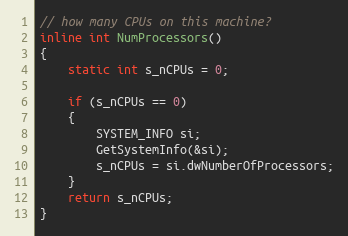
Language: C
// how many CPUs on this machine?
inline int NumProcessors()
{
    static int s_nCPUs = 0;

    if (s_nCPUs == 0)
    {
        SYSTEM_INFO si;
        GetSystemInfo(&si);
        s_nCPUs = si.dwNumberOfProcessors;
    }
    return s_nCPUs;
}